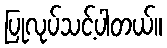
ပြုလုပ်သင့်ပါတယ်။